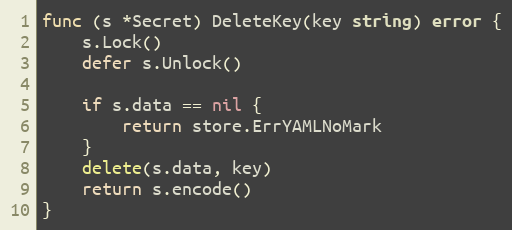
Language: Go
func (s *Secret) DeleteKey(key string) error {
	s.Lock()
	defer s.Unlock()

	if s.data == nil {
		return store.ErrYAMLNoMark
	}
	delete(s.data, key)
	return s.encode()
}